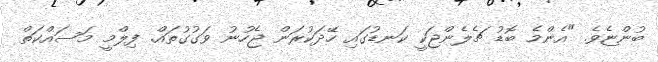
ބުންޏެވެ. "އެންމެ ބޮޑު ޗެލެންޖަކީ ކަނޑުގައި ހޭދަކުރަން ޖެހުނު ވަގުގުތައް. ފިލްމީ މަސައްކަތް